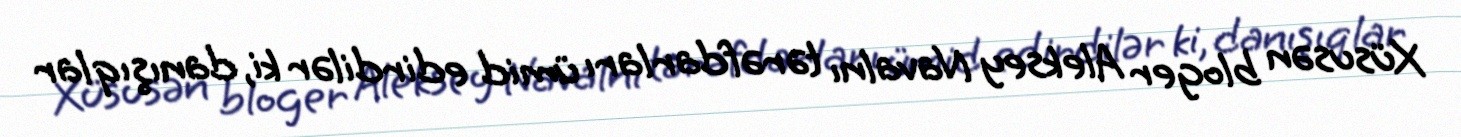
Xüsusən bloger Aleksey Navalnı tərəfdarları ümid edirdilər ki, danışıqlar